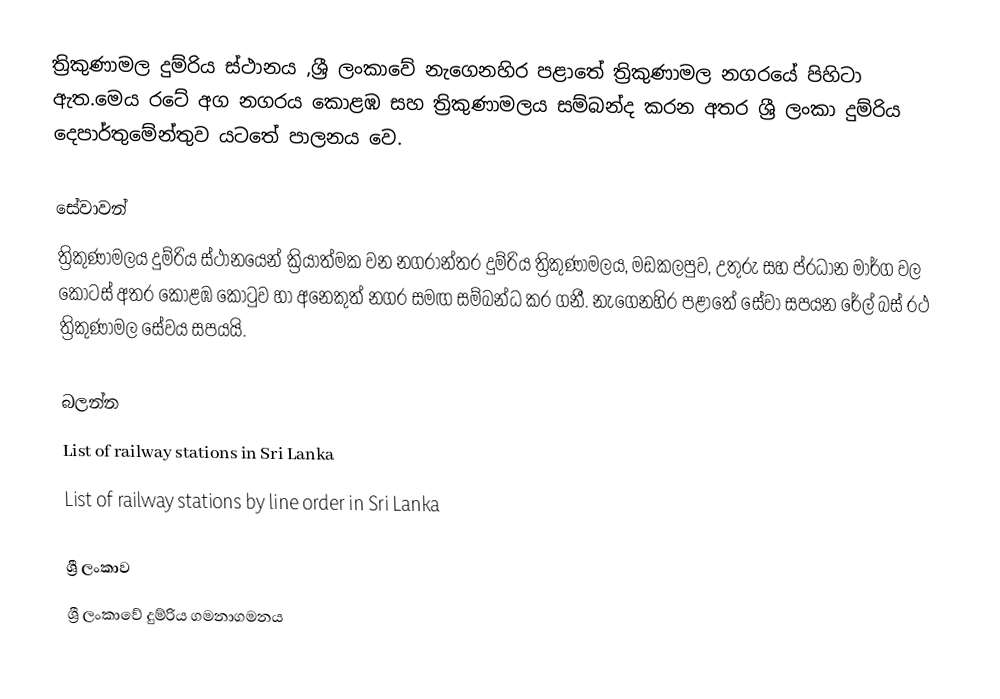
ත්‍රිකුණාමල දුම්රිය ස්ථානය ,ශ්‍රී ලංකාවේ නැගෙනහිර පළාතේ ත්‍රිකුණාමල නගරයේ පිහිටා ඇත.මෙය රටේ අග නගරය කොළඹ සහ ත්‍රිකුණාමලය සම්බන්ද කරන අතර ශ්‍රී ලංකා දුම්රිය දෙපාර්තුමේන්තුව යටතේ පාලනය වෙ.

සේවාවන්
ත්‍රිකුණාමලය දුම්රිය ස්ථානයෙන් ක්‍රියාත්මක වන නගරාන්තර දුම්රිය ත්‍රිකුණාමලය, මඩකලපුව, උතුරු සහ ප්රධාන මාර්ග වල කොටස් අතර කොළඹ කොටුව හා අනෙකුත් නගර සමඟ සම්බන්ධ කර ගනී. නැගෙනහිර පළාතේ සේවා සපයන රේල් බස් රථ ත්‍රිකුණාමල සේවය සපයයි.

බලන්න
 List of railway stations in Sri Lanka
 List of railway stations by line order in Sri Lanka

ශ්‍රී ලංකාව
ශ්‍රී ලංකාවේ දුම්රිය ගමනාගමනය